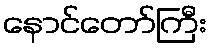
နောင်တော်ကြီး